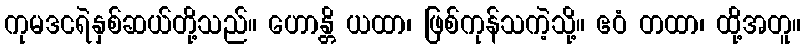
ကုမဒငရဲနှစ်ဆယ်တို့သည်။ ဟောန္တိ ယထာ၊ ဖြစ်ကုန်သကဲ့သို့။ ဧဝံ တထာ၊ ထို့အတူ။